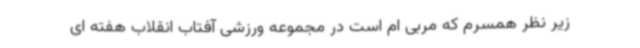
زیر نظر همسرم که مربی ام است در مجموعه ورزشی آفتاب انقلاب هفته ای